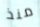
منذ